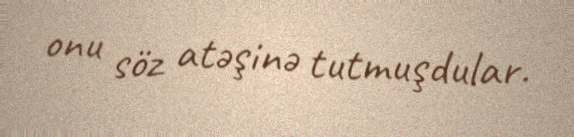
onu söz atəşinə tutmuşdular.